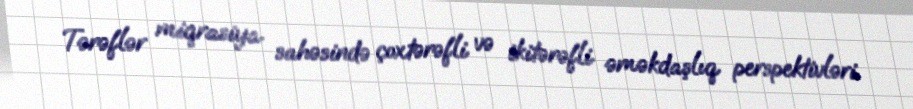
Tərəflər miqrasiya sahəsində çoxtərəfli və ikitərəfli əməkdaşlıq perspektivləri